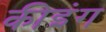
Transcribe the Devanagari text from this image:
कीइंग